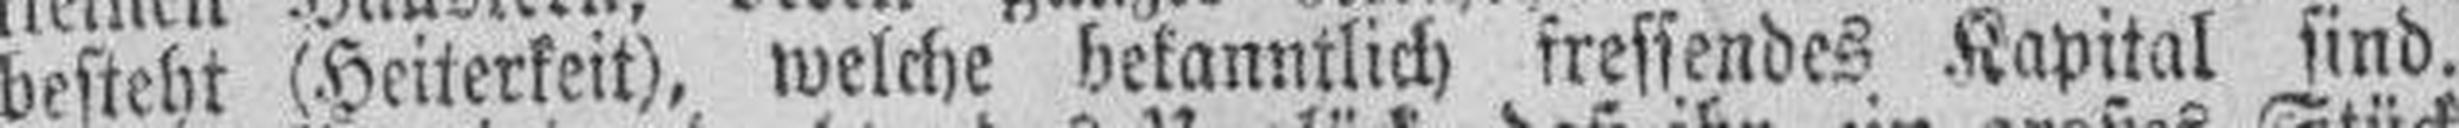
besteht (Heiterkeit), welche bekanntlich fressendes Kapital sind.